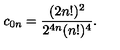
c _ { 0 n } = { \frac { ( 2 n ! ) ^ { 2 } } { 2 ^ { 4 n } ( n ! ) ^ { 4 } } } .